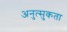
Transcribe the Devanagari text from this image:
अनुत्सुकता